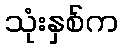
သုံးနှစ်က